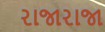
રાજારાજા